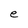
Character: e